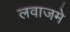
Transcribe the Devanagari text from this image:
लवाजमे